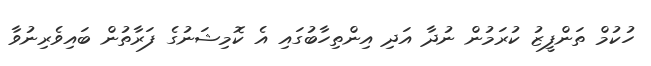
ހުކުމް ތަންފީޒު ކުރަމުން ނުދާ އަދި އިންތިހާބުގައި އެ ކޮމިޝަނުގެ ފަރާތުން ބައިވެރިނުވާ